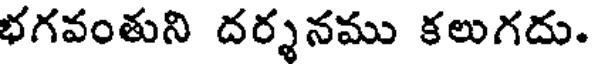
భగవంతుని దర్శనము కలుగదు.